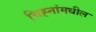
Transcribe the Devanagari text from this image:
चिह्नांमधील